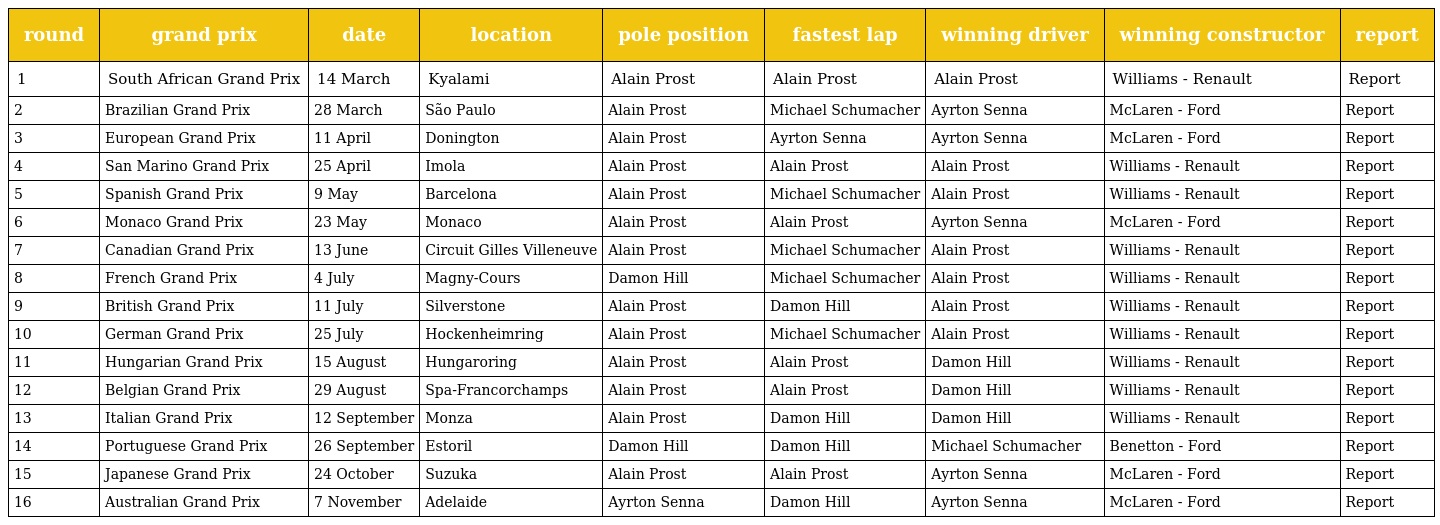
| round | grand prix | date | location | pole position | fastest lap | winning driver | winning constructor | report |
 | --- | --- | --- | --- | --- | --- | --- | --- | --- |
 | 1 | South African Grand Prix | 14 March | Kyalami | Alain Prost | Alain Prost | Alain Prost | Williams - Renault | Report |
 | 2 | Brazilian Grand Prix | 28 March | São Paulo | Alain Prost | Michael Schumacher | Ayrton Senna | McLaren - Ford | Report |
 | 3 | European Grand Prix | 11 April | Donington | Alain Prost | Ayrton Senna | Ayrton Senna | McLaren - Ford | Report |
 | 4 | San Marino Grand Prix | 25 April | Imola | Alain Prost | Alain Prost | Alain Prost | Williams - Renault | Report |
 | 5 | Spanish Grand Prix | 9 May | Barcelona | Alain Prost | Michael Schumacher | Alain Prost | Williams - Renault | Report |
 | 6 | Monaco Grand Prix | 23 May | Monaco | Alain Prost | Alain Prost | Ayrton Senna | McLaren - Ford | Report |
 | 7 | Canadian Grand Prix | 13 June | Circuit Gilles Villeneuve | Alain Prost | Michael Schumacher | Alain Prost | Williams - Renault | Report |
 | 8 | French Grand Prix | 4 July | Magny-Cours | Damon Hill | Michael Schumacher | Alain Prost | Williams - Renault | Report |
 | 9 | British Grand Prix | 11 July | Silverstone | Alain Prost | Damon Hill | Alain Prost | Williams - Renault | Report |
 | 10 | German Grand Prix | 25 July | Hockenheimring | Alain Prost | Michael Schumacher | Alain Prost | Williams - Renault | Report |
 | 11 | Hungarian Grand Prix | 15 August | Hungaroring | Alain Prost | Alain Prost | Damon Hill | Williams - Renault | Report |
 | 12 | Belgian Grand Prix | 29 August | Spa-Francorchamps | Alain Prost | Alain Prost | Damon Hill | Williams - Renault | Report |
 | 13 | Italian Grand Prix | 12 September | Monza | Alain Prost | Damon Hill | Damon Hill | Williams - Renault | Report |
 | 14 | Portuguese Grand Prix | 26 September | Estoril | Damon Hill | Damon Hill | Michael Schumacher | Benetton - Ford | Report |
 | 15 | Japanese Grand Prix | 24 October | Suzuka | Alain Prost | Alain Prost | Ayrton Senna | McLaren - Ford | Report |
 | 16 | Australian Grand Prix | 7 November | Adelaide | Ayrton Senna | Damon Hill | Ayrton Senna | McLaren - Ford | Report |